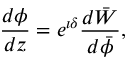
\frac { d \phi } { d z } = e ^ { \imath \delta } \frac { d \bar { W } } { d \bar { \phi } } ,